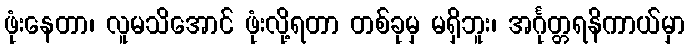
ဖုံးနေတာ၊ လူမသိအောင် ဖုံးလို့ရတာ တစ်ခုမှ မရှိဘူး၊ အင်္ဂုတ္တရနိကာယ်မှာ